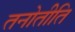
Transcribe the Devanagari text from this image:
तनोतीति